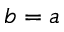
b = a